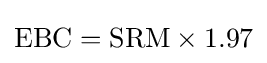
{\mbox{EBC}}={\mbox{SRM}}\times 1.97